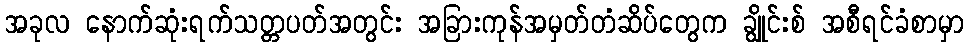
အခုလ နောက်ဆုံးရက်သတ္တပတ်အတွင်း အခြားကုန်အမှတ်တံဆိပ်တွေက ချွိုင်းစ် အစီရင်ခံစာမှာ